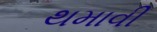
થમાવી